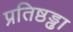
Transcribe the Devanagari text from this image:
प्रतिष्ठड्ढा